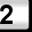
Digit: 2